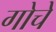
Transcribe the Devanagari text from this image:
गोचे